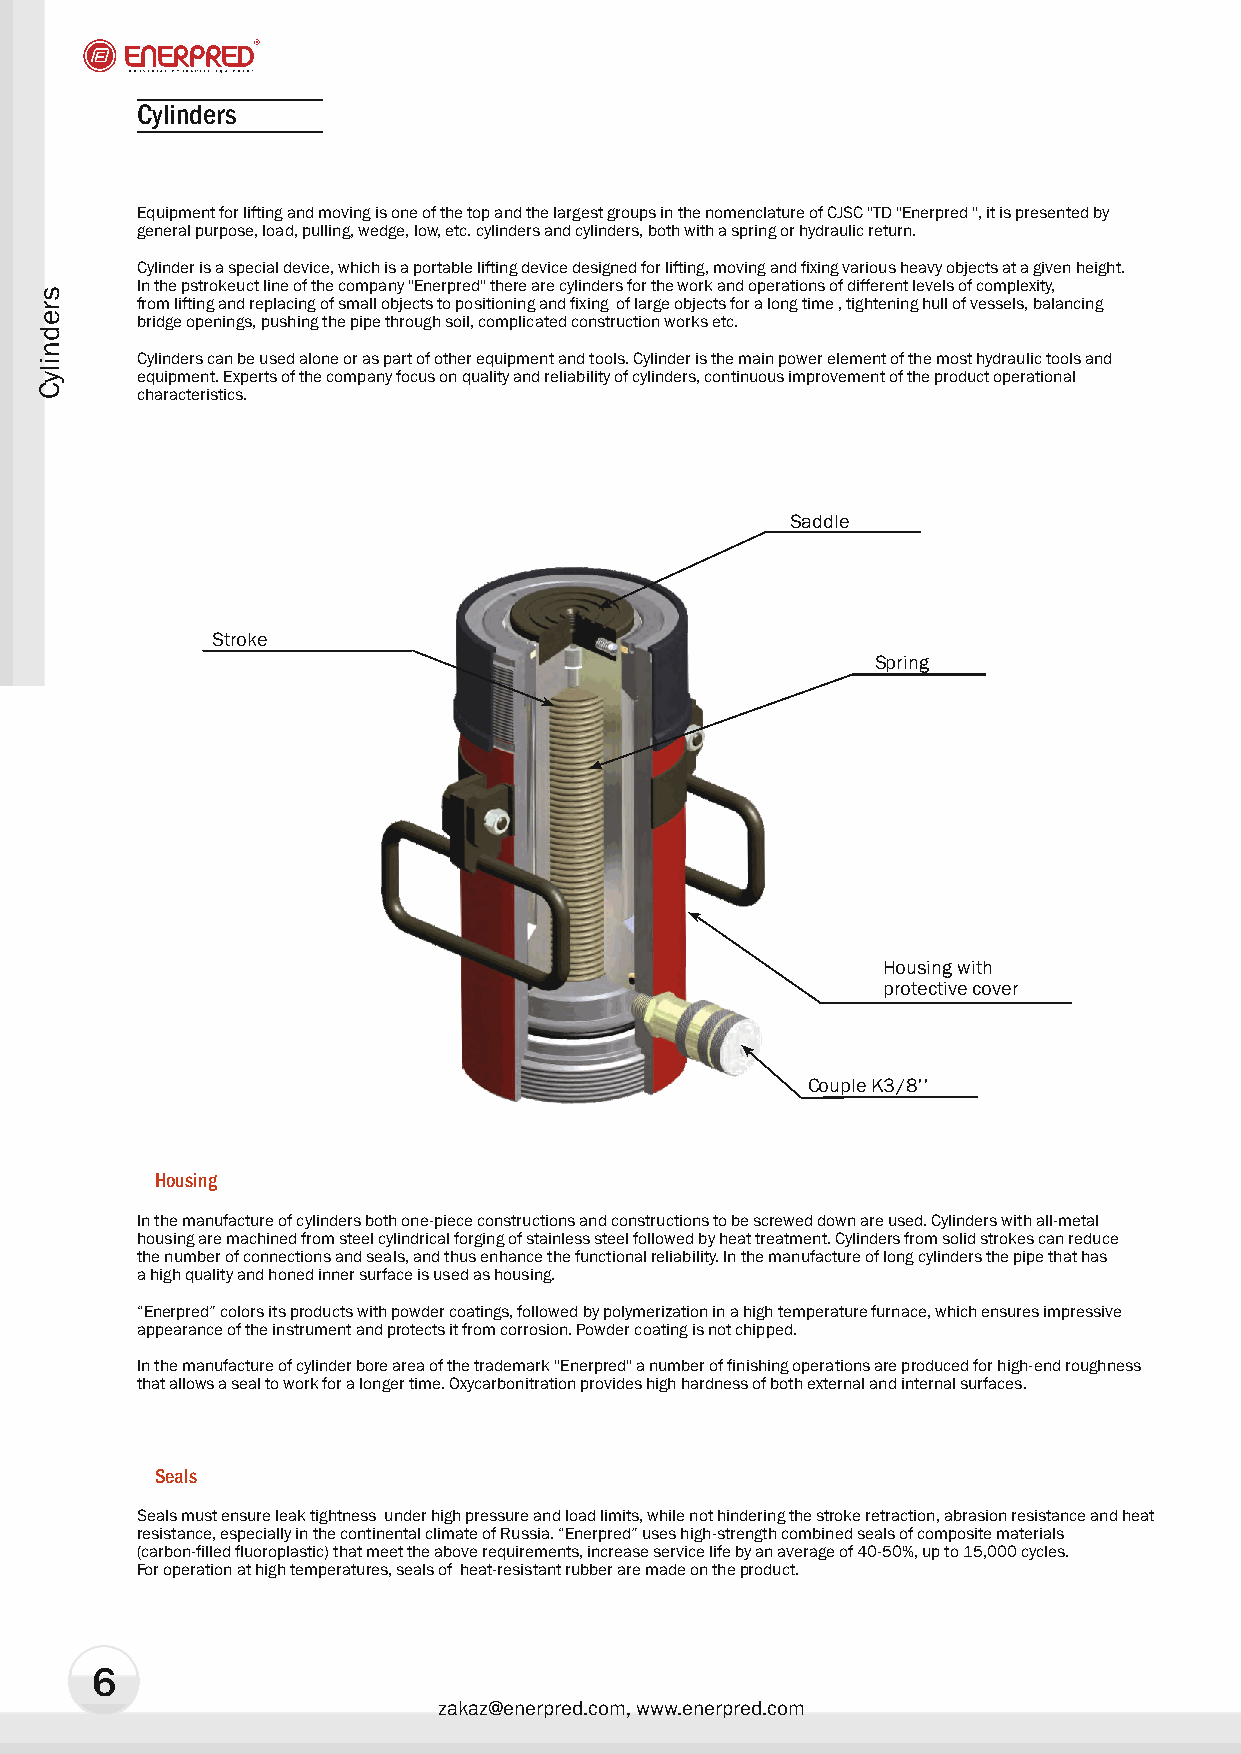
Cylinders
 Equipment for lifting and moving is one of the top and the largest groups in the nomenclature of CJSC "TD "Enerpred ", it is presented by
 general purpose, load, pulling, wedge, low, etc. cylinders and cylinders, both with a spring or hydraulic return.
 Cylinder is a special device, which is a portable lifting device designed for lifting, moving and fixing various heavy objects at a given height.
 In the pstrokeuct line of the company "Enerpred" there are cylinders for the work and operations of different levels of complexity,
 from lifting and replacing of small objects to positioning and fixing of large objects for a long time , tightening hull of vessels, balancing
 bridge openings, pushing the pipe through soil, complicated construction works etc.
 Cylinders can be used alone or as part of other equipment and tools. Cylinder is the main power element of the most hydraulic tools and
 equipment. Experts of the company focus on quality and reliability of cylinders, continuous improvement of the product operational
 characteristics.
 Saddle
 Stroke
 Spring
 Housing with
 protective cover
 Couple K3/8''
 Housing
 In the manufacture of cylinders both one-piece constructions and constructions to be screwed down are used. Cylinders with all-metal
 housing are machined from steel cylindrical forging of stainless steel followed by heat treatment. Cylinders from solid strokes can reduce
 the number of connections and seals, and thus enhance the functional reliability. In the manufacture of long cylinders the pipe that has
 a high quality and honed inner surface is used as housing.
 “Enerpred” colors its products with powder coatings, followed by polymerization in a high temperature furnace, which ensures impressive
 appearance of the instrument and protects it from corrosion. Powder coating is not chipped.
 In the manufacture of cylinder bore area of the trademark "Enerpred" a number of finishing operations are produced for high-end roughness
 that allows a seal to work for a longer time. Oxycarbonitration provides high hardness of both external and internal surfaces.
 Seals
 Seals must ensure leak tightness under high pressure and load limits, while not hindering the stroke retraction, abrasion resistance and heat
 resistance, especially in the continental climate of Russia. “Enerpred” uses high-strength combined seals of composite materials
 (carbon-filled fluoroplastic) that meet the above requirements, increase service life by an average of 40-50%, up to 15,000 cycles.
 For operation at high temperatures, seals of heat-resistant rubber are made on the product.
 6
 zakaz@enerpred.com, www.enerpred.com
 srednilyC